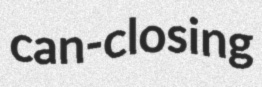
can-closing